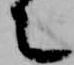
言